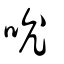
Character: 吮